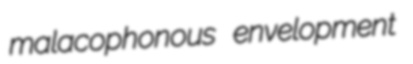
malacophonous envelopment